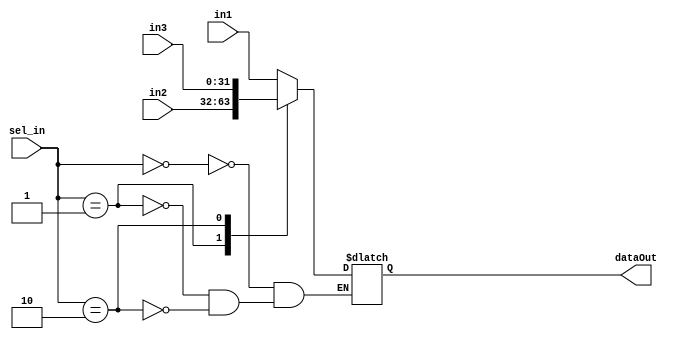
module MUX3to1(dataOut, in1, in2, in3, sel_in);

  parameter N = 32;

  output reg [N-1:0] dataOut;
  input [N-1:0] in1, in2, in3;
  input [1:0] sel_in;

  always @ (*) begin
    case(sel_in)
      0: dataOut <= in1;
      1: dataOut <= in2;
      2: dataOut <= in3;
      default: dataOut <= dataOut;
    endcase
  end

endmodule